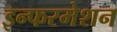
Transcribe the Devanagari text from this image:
इन्फरमेशन